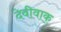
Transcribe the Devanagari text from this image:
देवीवाक्‌